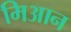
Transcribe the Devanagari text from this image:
मिआन